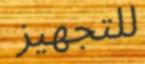
للتجهيز